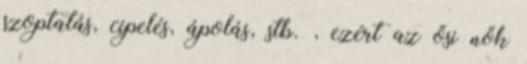
szoptatás, cipelés, ápolás, stb. , ezért az ősi nők